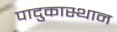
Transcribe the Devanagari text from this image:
पादुकास्थान